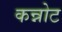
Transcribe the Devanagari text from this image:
कन्नोट